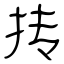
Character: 抟